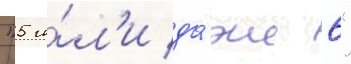
"5 и́л'и да́же 6"